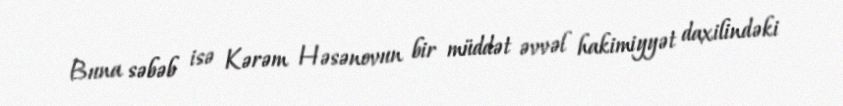
Buna səbəb isə Kərəm Həsənovun bir müddət əvvəl hakimiyyət daxilindəki